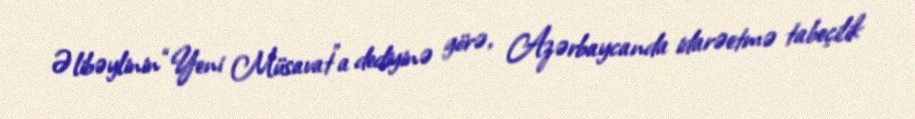
Əlibəylinin “Yeni Müsavat”a dediyinə görə, Azərbaycanda idarəetmə tabeçilik